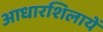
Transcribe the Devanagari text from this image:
आधारशिलायें